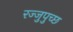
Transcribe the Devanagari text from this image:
रज्जुपुच्छ